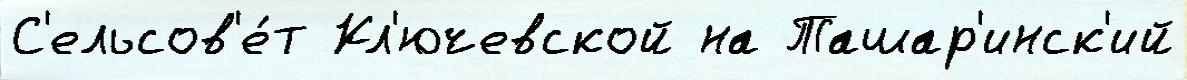
С'ельсов'е́т Кл'ючевской на Ташар'инск'ий